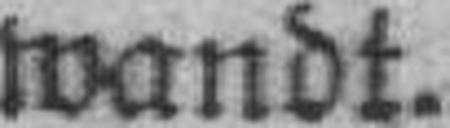
wandt.